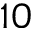
1 0